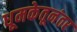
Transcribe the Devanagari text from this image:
धूमकेतूनंतर